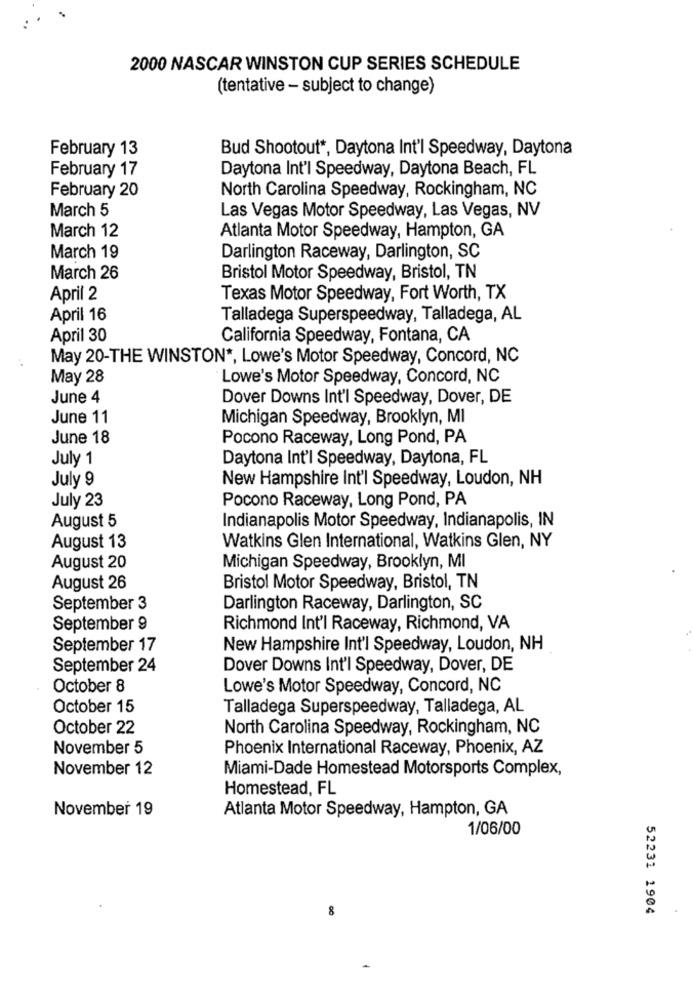
2000 NASCAR WINSTON CUP SERIES SCHEDULE
(tentative - subject to change)
February 13
Bud Shootout *, Daytona Int'l Speedway, Daytona
February 17
Daytona Int'l Speedway, Daytona Beach, FL
February 20
North Carolina Speedway, Rockingham, NC
March 5
Las Vegas Motor Speedway, Las Vegas, NV
March 12
Atlanta Motor Speedway, Hampton, GA
March 19
Darlington Raceway, Darlington, SC
March 26
Bristol Motor Speedway, Bristol, TN
April 2
Texas Motor Speedway, Fort Worth, TX
April 16
Talladega Superspeedway, Talladega, AL
April 30
California Speedway, Fontana, CA
May 20-THE WINSTON *, Lowe's Motor Speedway, Concord, NC
May 28
Lowe's Motor Speedway, Concord, NC
June 4
Dover Downs Int'l Speedway, Dover, DE
June 11
Michigan Speedway, Brooklyn, MI
June 18
Pocono Raceway, Long Pond, PA
July 1
Daytona Int'l Speedway, Daytona, FL
July 9
New Hampshire Int'l Speedway, Loudon, NH
July 23
Pocono Raceway, Long Pond, PA
August 5
Indianapolis Motor Speedway, Indianapolis, IN
August 13
Watkins Glen International, Watkins Glen, NY
August 20
Michigan Speedway, Brooklyn, MI
August 26
Bristol Motor Speedway, Bristol, TN
September 3
Darlington Raceway, Darlington, SC
September 9
Richmond Int'l Raceway, Richmond, VA
September 17
New Hampshire Int'l Speedway, Loudon, NH
September 24
Dover Downs Int'l Speedway, Dover, DE
October 8
Lowe's Motor Speedway, Concord, NC
October 15
Talladega Superspeedway, Talladega, AL
October 22
North Carolina Speedway, Rockingham, NC
November 5
Phoenix International Raceway, Phoenix, AZ
November 12
Miami-Dade Homestead Motorsports Complex,
Homestead, FL
November 19
Atlanta Motor Speedway, Hampton, GA
1/06/00
8
52231 1904